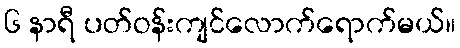
၆ နာရီ ပတ်ဝန်းကျင်လောက်ရောက်မယ်။